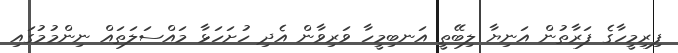
ފިރިމީހާގެ ފަރާތުން އަނިޔާ ލިބޭތީ އަނބިމީހާ ވަރިވާން އެދި ހުށަހަޅާ މައްސަލަތައް ނިންމުމުގައި